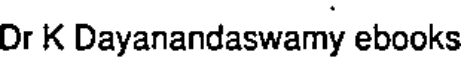
Dr K Dayanandaswamy ebooks